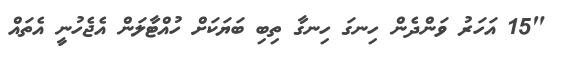
"15 އަހަރު ވަންދެން ހިނގަ ހިނގާ ތިބި ބަޔަކަށް ހުއްޓާލަން އެޖެހުނީ އެތައް